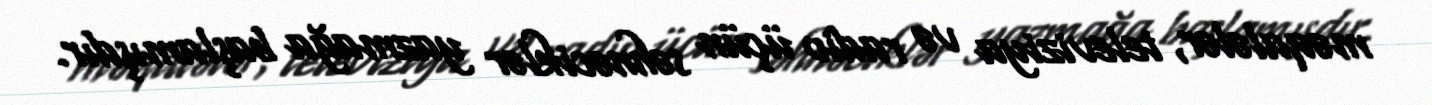
məqalələr, televiziya və radio üçün səhnəciklər yazmağa başlamışdır.